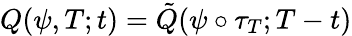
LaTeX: Q(\psi,T;t)=\tilde{Q}(\psi\circ\tau_{T};T-t)